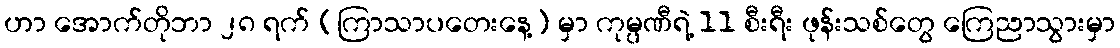
ဟာ အောက်တိုဘာ ၂၈ ရက် (ကြာသာပတေးနေ့) မှာ ကုမ္ပဏီရဲ့ 11 စီးရီး ဖုန်းသစ်တွေ ကြေညာသွားမှာ